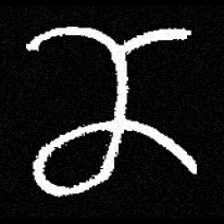
Pyu character \u2014 Myanmar letter: ဏ (romanized: nna)